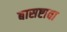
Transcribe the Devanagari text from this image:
बासष्टावा